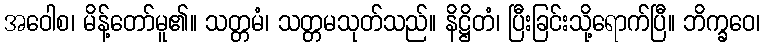
အဝေါစ၊ မိန့်တော်မူ၏။ သတ္တမံ၊ သတ္တမသုတ်သည်။ နိဋ္ဌိတံ၊ ပြီးခြင်းသို့ရောက်ပြီ။ ဘိက္ခဝေ၊